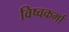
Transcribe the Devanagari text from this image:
विष्वकर्मा